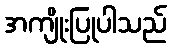
အကျိုးပြုပါသည်